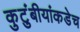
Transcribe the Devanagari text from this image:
कुटुंबीयांकडेच